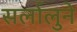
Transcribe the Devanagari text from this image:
सर्लालुने